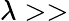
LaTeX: \lambda>>